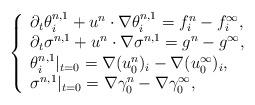
LaTeX: \begin{align*}\left\{\begin{array}{ll}\partial_t \theta^{n,1}_i +u^n \cdot\nabla \theta^{n,1}_i=f^n_i-f^\infty_i,\\\partial_t \sigma^{n,1} +u^n \cdot\nabla \sigma^{n,1}=g^n-g^\infty,\\{\theta^{n,1}_i}|_{t=0}=\nabla (u^n_0)_{i}-\nabla (u^\infty_0)_{i},\\{\sigma^{n,1}}|_{t=0}=\nabla \gamma^n_0-\nabla \gamma^\infty_0,\end{array}\right.\end{align*}